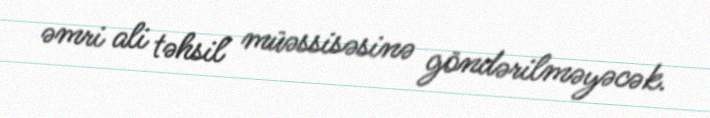
əmri ali təhsil müəssisəsinə göndərilməyəcək.